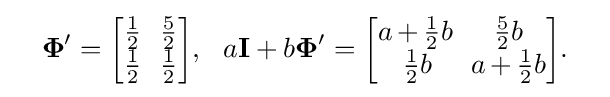
{\begin{aligned}\quad &\mathbf {\Phi } '\!\!~={\begin{bmatrix}{\tfrac {1}{2}}&\!\!{\tfrac {5}{2}}\\{\tfrac {1}{2}}&\!\!{\tfrac {1}{2}}\end{bmatrix}},\ \ a\mathbf {I} +b\mathbf {\Phi } '\!\!~={\begin{bmatrix}a~\!{+}~\!{\tfrac {1}{2}}b&{\tfrac {5}{2}}b\,\,\\\,{\tfrac {1}{2}}b&\!\!a~\!{+}~\!{\tfrac {1}{2}}b\end{bmatrix}}.\end{aligned}}